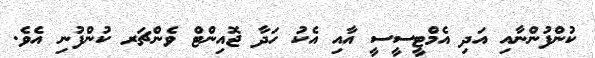
ކުންފުންނާއި އަދި އެމްޓީސީސީ އާއި އެކު ހަދާ ޖޮއިންޓް ވެންޗަރ ކުންފުނި އެވެ.